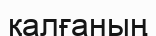
қалғаның